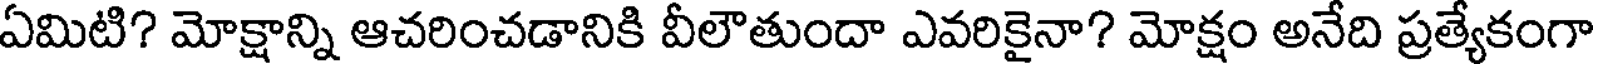
ఏమిటి? మోక్షాన్ని ఆచరించడానికి వీలౌతుందా ఎవరికైనా? మోక్షం అనేది ప్రత్యేకంగా